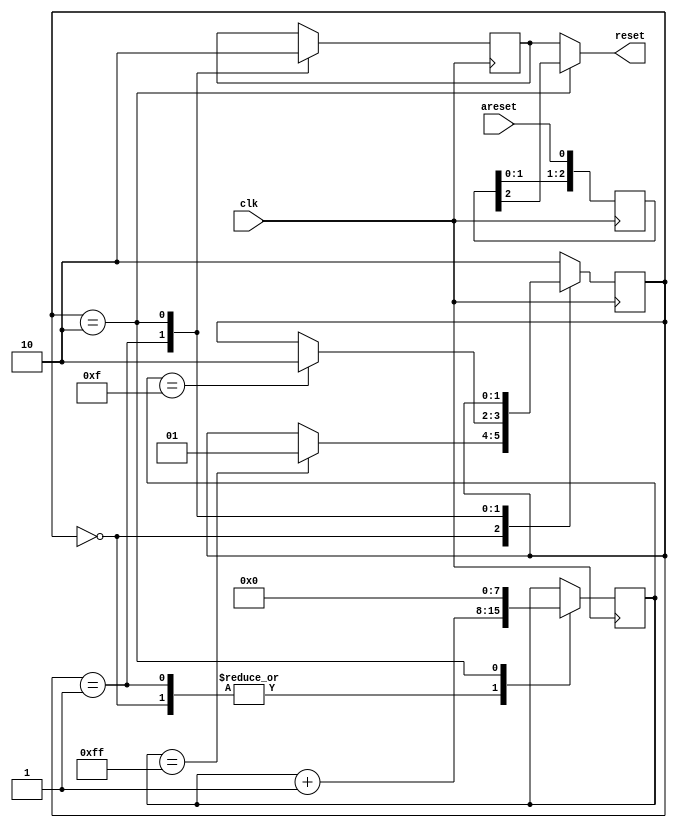
// project: venera_cpu_1
// data:    14.02.2022

module reset_module
(
    input  clk,
    input  areset,
    output reset
);

    parameter [1:0] start_state = 0,
                    reset_state = 1,
                    idle_state  = 2;

    reg [1:0] current_state = 2'd0;
    reg [7:0] counter       = 8'd0;
    reg       reset_flag    = 1'b0;
    reg [2:0] crossclock_reset;
    
    always@(posedge clk)
    begin
        case(current_state)
            start_state: begin
                counter <= counter + 1'b1;

                if (counter == 8'hFF)
                    current_state <= reset_state;
            end	

            reset_state: begin
                counter <= counter + 1'b1;
                reset_flag <= 1'b1;

                if (counter == 8'h0F)
                begin
                    current_state <= idle_state;
                end
            end
            
            idle_state: begin
                reset_flag <= 1'b0;
                counter <= 8'd0;
            end

            default: current_state <= idle_state;
        endcase
    end

    always@(posedge clk) begin
        crossclock_reset <= {crossclock_reset[1:0], areset};
    end

    assign reset = (current_state == idle_state) ? crossclock_reset[2] : reset_flag;

endmodule